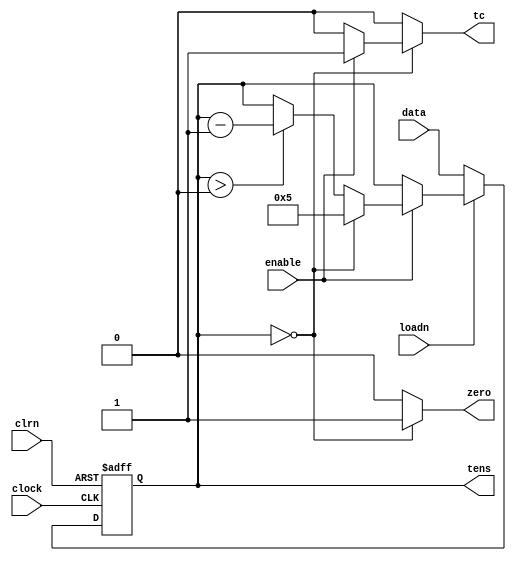
module mod6(
  	input wire [3:0] data, 
  	input wire loadn, 
  	input wire clrn,
    	input wire clock,  
    	input wire enable,  
    	output reg [3:0] tens,
  	output reg tc,
  	output reg zero
);  


 	initial begin
   		tc = 1'b0;
   		tens = 0;
  	end
  
  	always @ (posedge clock or negedge clrn) begin
  		if (clrn == 0) begin  
     		tens <= 0;
   		end 
   		else begin
     		if(loadn == 0) begin
				tens <= data;
			end
			else begin
				if(enable == 1) begin
					if(tens > 0) begin
						tens <= tens-1;
					end
					if(tens == 0) begin
						tens <= 5;	
					end
				end
			end     		
     	end 
	end
	
	always @ (tens,enable) begin
		if(tens == 0) begin
			zero = 1;
			if(enable == 1)begin
				tc = 1;
			end
			else begin
				tc = 0;
			end
		end
		else begin
			zero = 0;
			tc = 0;
		end
	end
	
endmodule